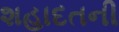
શહાદતની